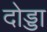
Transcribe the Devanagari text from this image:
दोड्डा